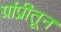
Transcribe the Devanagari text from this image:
ग्रांप्रीतून